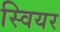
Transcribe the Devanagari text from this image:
स्वियर